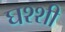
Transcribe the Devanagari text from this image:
घश्शी